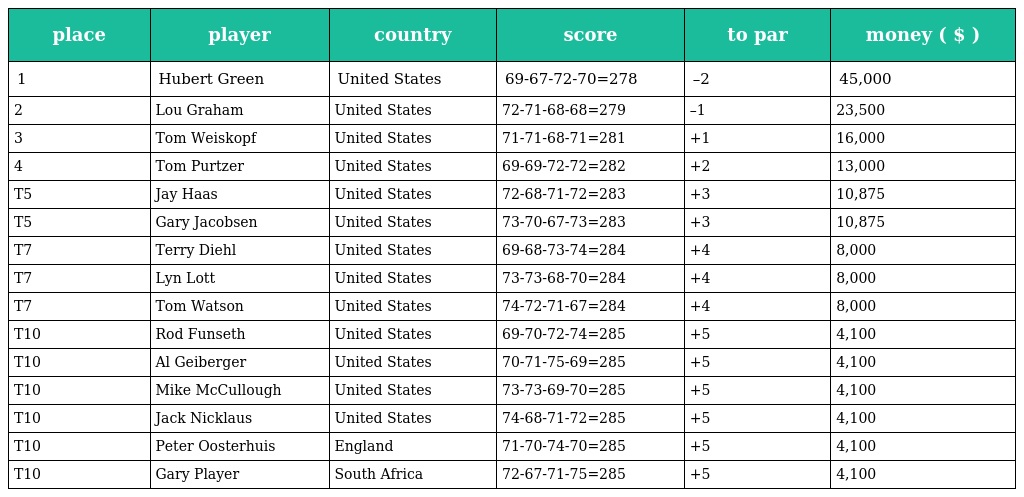
| place | player | country | score | to par | money ( $ ) |
 | --- | --- | --- | --- | --- | --- |
 | 1 | Hubert Green | United States | 69-67-72-70=278 | –2 | 45,000 |
 | 2 | Lou Graham | United States | 72-71-68-68=279 | –1 | 23,500 |
 | 3 | Tom Weiskopf | United States | 71-71-68-71=281 | +1 | 16,000 |
 | 4 | Tom Purtzer | United States | 69-69-72-72=282 | +2 | 13,000 |
 | T5 | Jay Haas | United States | 72-68-71-72=283 | +3 | 10,875 |
 | T5 | Gary Jacobsen | United States | 73-70-67-73=283 | +3 | 10,875 |
 | T7 | Terry Diehl | United States | 69-68-73-74=284 | +4 | 8,000 |
 | T7 | Lyn Lott | United States | 73-73-68-70=284 | +4 | 8,000 |
 | T7 | Tom Watson | United States | 74-72-71-67=284 | +4 | 8,000 |
 | T10 | Rod Funseth | United States | 69-70-72-74=285 | +5 | 4,100 |
 | T10 | Al Geiberger | United States | 70-71-75-69=285 | +5 | 4,100 |
 | T10 | Mike McCullough | United States | 73-73-69-70=285 | +5 | 4,100 |
 | T10 | Jack Nicklaus | United States | 74-68-71-72=285 | +5 | 4,100 |
 | T10 | Peter Oosterhuis | England | 71-70-74-70=285 | +5 | 4,100 |
 | T10 | Gary Player | South Africa | 72-67-71-75=285 | +5 | 4,100 |